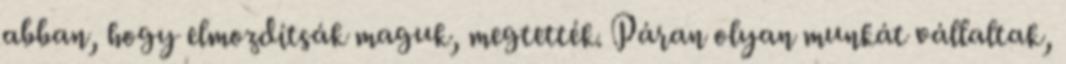
abban, hogy elmozdítsák maguk, megtették. Páran olyan munkát vállaltak,